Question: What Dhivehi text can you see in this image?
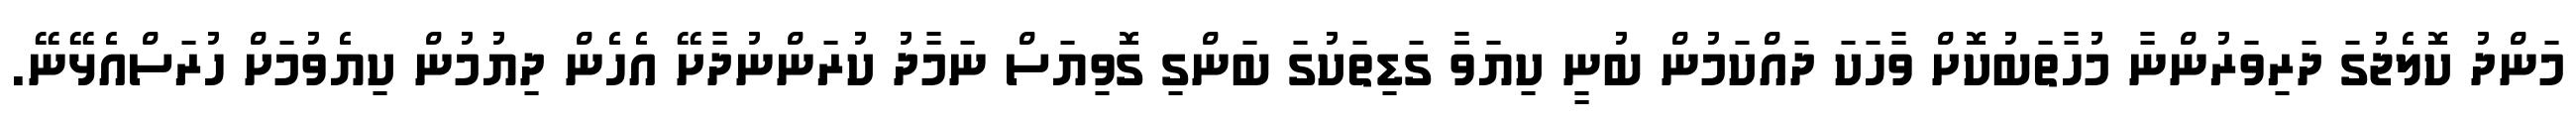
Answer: މަންދު ކޮލެޖުގަ ދަރިވަރުންނާ މުހާތަބުކޮށް ވާހަކަ ދައްކަމުން ބުނީ ކިޔަވަާ ގަޑިތަކުގަ ބަންގި ގޮވިޔަސް ނަމާދު ކުރަންނުދާށޭ އެހެން ދިޔުމުން ކިޔެވުމަށް ހުރަސްއެޅޭނޭ.